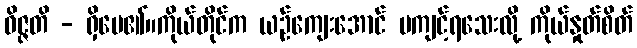
ဝိဇ္ဇတိ - ရှိပေ၏။ကိုယ်တိုင်က ယဉ်ကျေးအောင် မကျင့်ရသေးလို့ ကိုယ်နှုတ်စိတ်